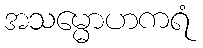
အသမ္မောဟကရံ